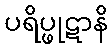
ပရိပ္ဖုဋာနိ